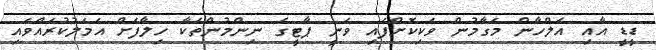
ޑީޑީ އާއި އަލްހާން މަގާމުން ވަކިކޮށްފައި ވަނީ ޕާޓީގެ ނިންމުންތަކާ ހިލާފަށް އަމަލުކުރައްވައި